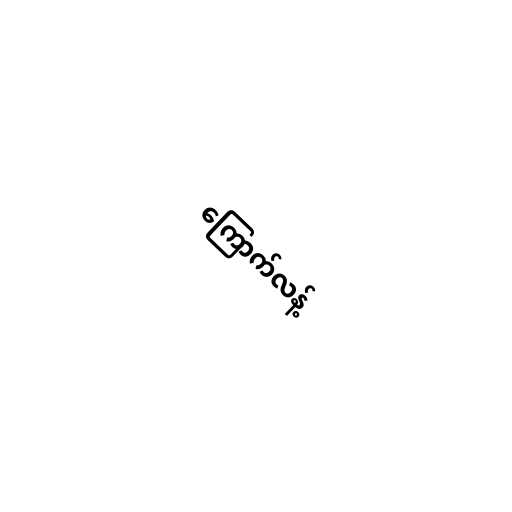
ကြောက်လန့်